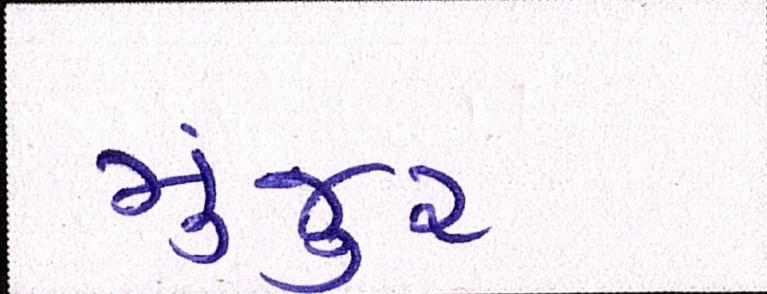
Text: મંજુર